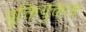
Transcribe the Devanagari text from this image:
युक्तियुक्तता